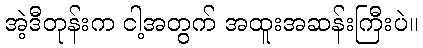
အဲ့ဒီတုန်းက ငါ့အတွက် အထူးအဆန်းကြီးပဲ။